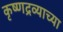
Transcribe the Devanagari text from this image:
कृष्णद्रव्याच्या